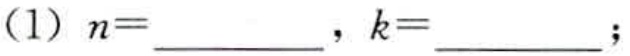
（1）$n=\underline{\qquad}，k=\underline{\qquad}$；